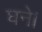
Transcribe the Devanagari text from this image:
घने।